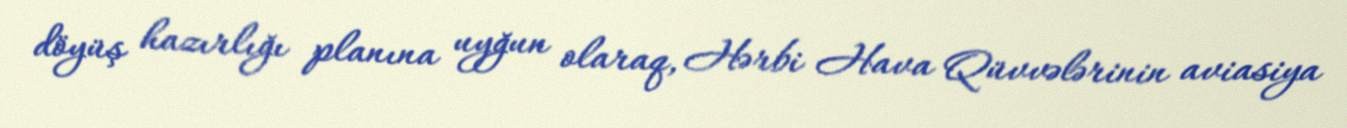
döyüş hazırlığı planına uyğun olaraq, Hərbi Hava Qüvvələrinin aviasiya